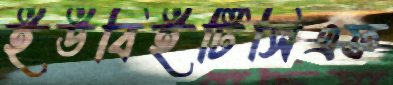
ইউবিইটিসিএফ